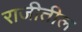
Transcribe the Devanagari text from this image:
राजीतील